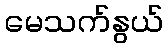
မေသက်နွယ်